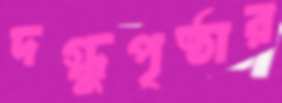
দগ্ধুপৃষ্ঠার